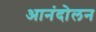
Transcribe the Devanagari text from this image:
आनंदोलन